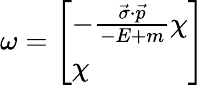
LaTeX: \omega={\left[\begin{array}{l}{-{\frac{{\vec{\sigma}}\cdot{\vec{p}}}{-E+m}}\chi}\\ {\chi}\end{array}\right]}